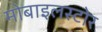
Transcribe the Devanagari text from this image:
मोबाइलस्टोर